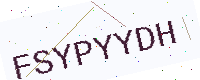
Text: FSYPYYDH